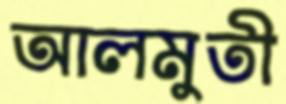
আলমুতী